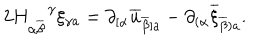
LaTeX: 2 H _ { \alpha \overline { { { \beta } } } } ^ { \, \, \, \, \, \, \gamma } \xi _ { \gamma a } = \partial _ { [ \alpha } \overline { { { u } } } _ { \overline { { { \beta } } } ] a } - \partial _ { ( \alpha } \overline { { { \xi } } } _ { \overline { { { \beta } } } ) a } .